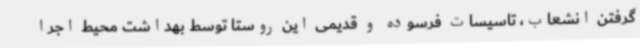
گرفتن انشعاب، تاسیسات فرسوده و قدیمی این روستا توسط بهداشت محیط اجرا